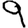
Digit: 9